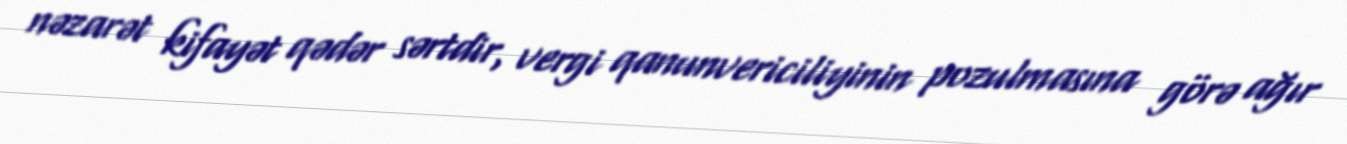
nəzarət kifayət qədər sərtdir, vergi qanunvericiliyinin pozulmasına görə ağır